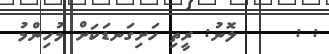
: :     ލޮނު: ރީތި ހަށިގަނޑަކަށް މުހިންމު